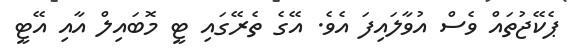
ޕެކޭޖުތައް ވެސް އުވާލައިފަ އެވެ. އޭގެ ތެރޭގައި ޓީ މޮބައިލް އާއި އޭޓީ